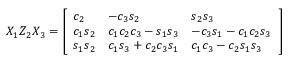
X _ { 1 } Z _ { 2 } X _ { 3 } = { \left[ \begin{array} { l l l } { c _ { 2 } } & { - c _ { 3 } s _ { 2 } } & { s _ { 2 } s _ { 3 } } \\ { c _ { 1 } s _ { 2 } } & { c _ { 1 } c _ { 2 } c _ { 3 } - s _ { 1 } s _ { 3 } } & { - c _ { 3 } s _ { 1 } - c _ { 1 } c _ { 2 } s _ { 3 } } \\ { s _ { 1 } s _ { 2 } } & { c _ { 1 } s _ { 3 } + c _ { 2 } c _ { 3 } s _ { 1 } } & { c _ { 1 } c _ { 3 } - c _ { 2 } s _ { 1 } s _ { 3 } } \end{array} \right] }